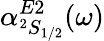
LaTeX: \alpha_{^2S_{1/2}}^{E2}(\omega)